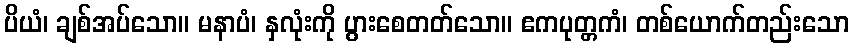
ပိယံ၊ ချစ်အပ်သော။ မနာပံ၊ နှလုံးကို ပွားစေတတ်သော။ ဧကပုတ္တကံ၊ တစ်ယောက်တည်းသော